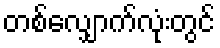
တစ်လျှောက်လုံးတွင်